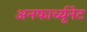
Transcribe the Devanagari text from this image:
अनफार्च्यूनेट